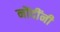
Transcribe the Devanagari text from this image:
नोंदींनी